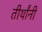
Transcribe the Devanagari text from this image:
तीर्थांनी